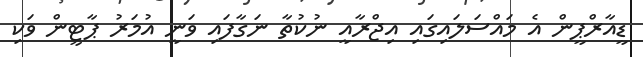
ޑީއާރްޕީން އެ މައްސަލައިގައި އިޖްރާއީ ނުކުތާ ނަގާފައި ވަނީ އުމަރު ޕާޓީން ވަކި